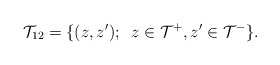
\begin{align*}{\cal T}_{12}=\{ (z,z');\;\; z\in {\cal T}^+,z'\in {\cal T}^- \}.\end{align*}